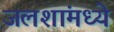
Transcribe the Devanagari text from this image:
जलशांमध्ये